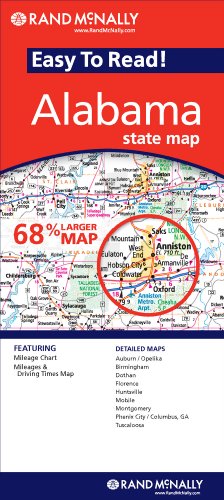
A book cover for Rand McNally Easy to Read! Alabama State Map; Rand McNally and Company; Travel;